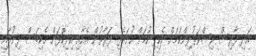
އަދި ފާރިސް ރިޝްވަތުދިންކަމަށް ހެކިދިނުމަށް ހުށައެޅި ފަރާތުން އެއާއި އިދިކޮޅަށް ހެކިބަސް ދިނުމާއި